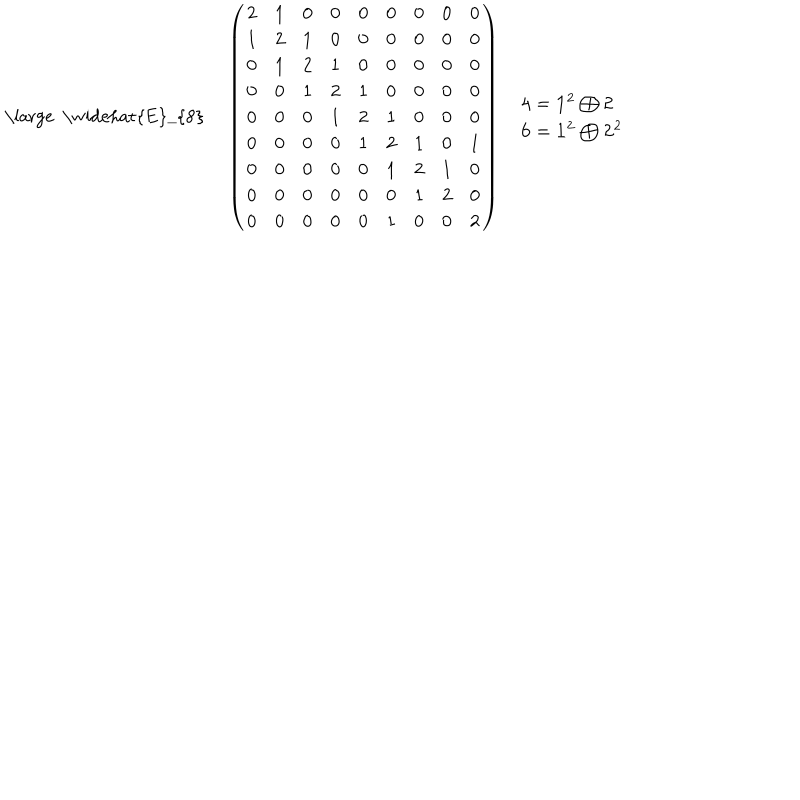
LaTeX: \begin{array} { c c c } { { { \mathrm { \large ~ \widehat { E } _ { 8 } ~ } } } } & { { \left( \begin{array} { c c c c c c c c c } { { 2 } } & { { 1 } } & { { 0 } } & { { 0 } } & { { 0 } } & { { 0 } } & { { 0 } } & { { 0 } } & { { 0 } } \\ { { 1 } } & { { 2 } } & { { 1 } } & { { 0 } } & { { 0 } } & { { 0 } } & { { 0 } } & { { 0 } } & { { 0 } } \\ { { 0 } } & { { 1 } } & { { 2 } } & { { 1 } } & { { 0 } } & { { 0 } } & { { 0 } } & { { 0 } } & { { 0 } } \\ { { 0 } } & { { 0 } } & { { 1 } } & { { 2 } } & { { 1 } } & { { 0 } } & { { 0 } } & { { 0 } } & { { 0 } } \\ { { 0 } } & { { 0 } } & { { 0 } } & { { 1 } } & { { 2 } } & { { 1 } } & { { 0 } } & { { 0 } } & { { 0 } } \\ { { 0 } } & { { 0 } } & { { 0 } } & { { 0 } } & { { 1 } } & { { 2 } } & { { 1 } } & { { 0 } } & { { 1 } } \\ { { 0 } } & { { 0 } } & { { 0 } } & { { 0 } } & { { 0 } } & { { 1 } } & { { 2 } } & { { 1 } } & { { 0 } } \\ { { 0 } } & { { 0 } } & { { 0 } } & { { 0 } } & { { 0 } } & { { 0 } } & { { 1 } } & { { 2 } } & { { 0 } } \\ { { 0 } } & { { 0 } } & { { 0 } } & { { 0 } } & { { 0 } } & { { 1 } } & { { 0 } } & { { 0 } } & { { 2 } } \\ \end{array} \right) } } & { { \begin{array} { l } { { { \bf 4 } = { \bf 1 ^ { 2 } } \bigoplus { \bf 2 } } } \\ { { { \bf 6 } = { \bf 1 ^ { 2 } } \bigoplus { \bf 2 ^ { 2 } } } } \\ \end{array} } } \\ \end{array}